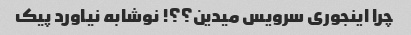
چرا اینجوری سرویس میدین؟؟! نوشابه نیاورد پیک